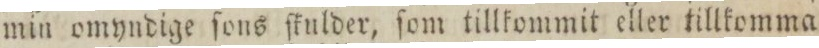
min omyndige ſons ſkulder, ſom tillkommit eller tillkomma